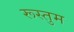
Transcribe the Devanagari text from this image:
रूस्तुम